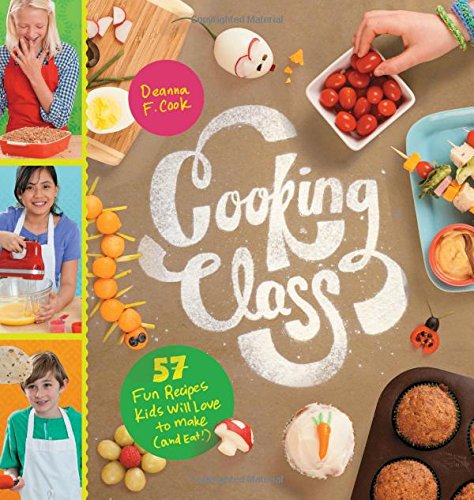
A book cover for Cooking Class: 57 Fun Recipes Kids Will Love to Make (and Eat!); Deanna F. Cook; Cookbooks, Food & Wine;